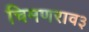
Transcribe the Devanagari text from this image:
चिमणराव३